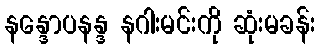
နန္ဒောပနန္ဒ နဂါးမင်းကို ဆုံးမခန်း